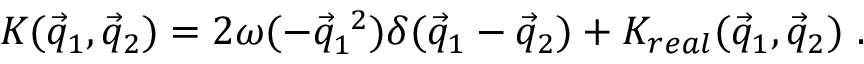
{ \cal K } ( \vec { q } _ { 1 } , \vec { q } _ { 2 } ) = 2 \omega ( - { \vec { q } } _ { 1 } ^ { ~ 2 } ) \delta ( \vec { q } _ { 1 } - \vec { q } _ { 2 } ) + { \cal K } _ { r e a l } ( \vec { q } _ { 1 } , \vec { q } _ { 2 } ) ~ .